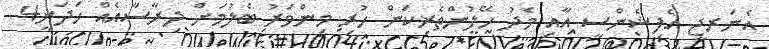
އެނަރޖީ އެފިޝެންސީ އާއި މެދު ހޭލުންތެރިކަން ހުރި މިންވަރު ބެލުމަށް ދިރާސާއެއް ހަދަނީ4